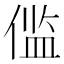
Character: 𫣉